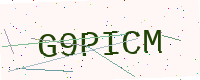
Text: G9PICM